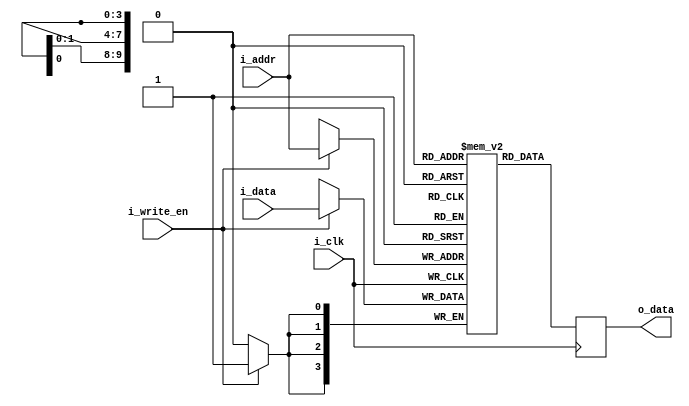
`default_nettype none

module ram #(
  parameter ADDR_WIDTH = 10,
  parameter DATA_WIDTH = 4,
  parameter FILE = ""
) (
  input  wire i_clk,
  input  wire [DATA_WIDTH-1:0] i_data,
  input  wire [ADDR_WIDTH-1:0] i_addr,
  input  wire i_write_en,
  output reg  [DATA_WIDTH-1:0] o_data
);

  reg [DATA_WIDTH-1:0] r_mem[(1<<ADDR_WIDTH) - 1:0];

  always @(posedge i_clk) begin
    if (i_write_en) begin
      r_mem[i_addr] <= i_data;
    end
    o_data <= r_mem[i_addr];
  end

  initial begin
    if (FILE != 0) begin
      $display("Initializing from file '%s'.", FILE);
      $readmemh(FILE, r_mem);
    end
  end
endmodule